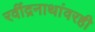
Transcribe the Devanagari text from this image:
रवींद्रनाथांवरही